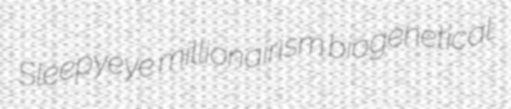
Sleepyeye millionairism biogenetical